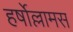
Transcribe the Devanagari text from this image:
हर्षोल्लामस